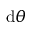
\mathrm { d } \theta